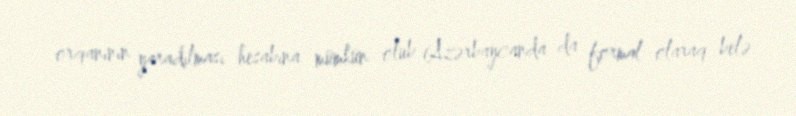
orqanının yaradılması hesabına mümkün olub (Azərbaycanda da formal olaraq belə